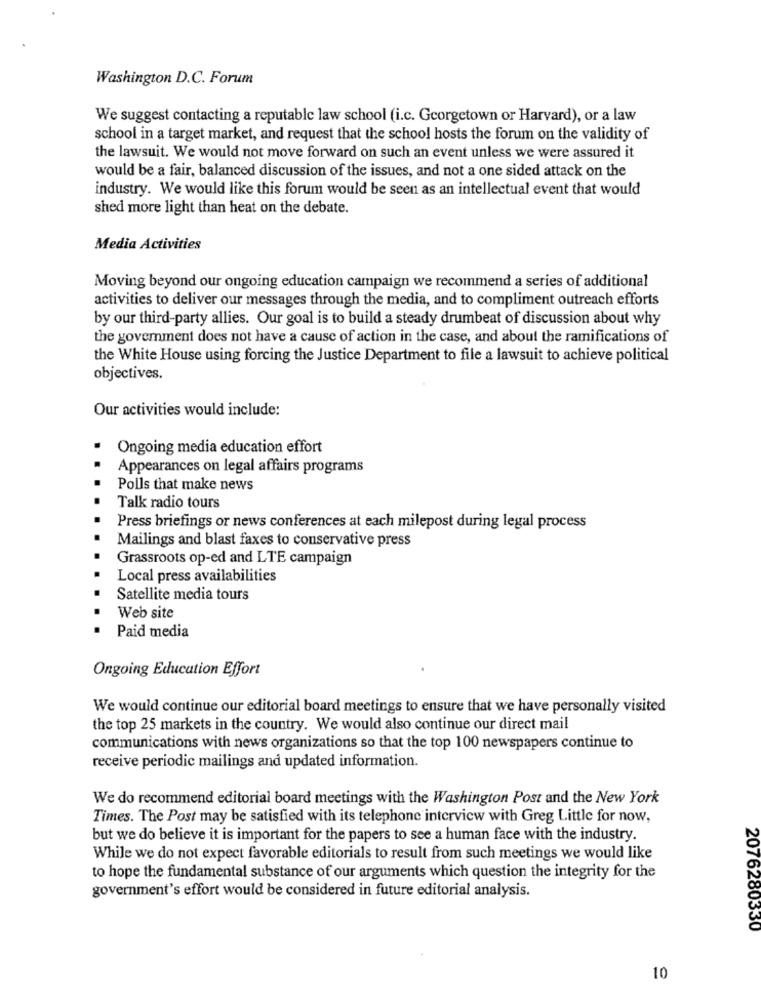
Washington D.C. Forum
We suggest contacting a reputable law school (i.c. Georgetown or Harvard), or a law
school in a target market, and request that the school hosts the forum on the validity of
the lawsuit. We would not move forward on such an event unless we were assured it
would be a fair, balanced discussion of the issues, and not a one sided attack on the
industry. We would like this forum would be seen as an intellectual event that would
shed more light than heat on the debate.
Media Activities
Moving beyond our ongoing education campaign we recommend a series of additional
activities to deliver our messages through the media, and to compliment outreach efforts
by our third-party allies. Our goal is to build a steady drumbeat of discussion about why
the government does not have a cause of action in the case, and about the ramifications of
the White House using forcing the Justice Department to file a lawsuit to achieve political
objectives.
Our activities would include:
Ongoing media education effort
Appearances on legal affairs programs
Polls that make news
Talk radio tours
Press briefings or news conferences at each milepost during legal process
Mailings and blast faxes to conservative press
Grassroots op-ed and LTE campaign
Local press availabilities
Satellite media tours
Web site
Paid media
Ongoing Education Effort
We would continue our editorial board meetings to ensure that we have personally visited
the top 25 markets in the country. We would also continue our direct mail
communications with news organizations so that the top 100 newspapers continue to
receive periodic mailings and updated information.
We do recommend editorial board meetings with the Washington Post and the New York
Times. The Post may be satisfied with its telephone interview with Greg Little for now,
but we do believe it is important for the papers to see a human face with the industry.
While we do not expect favorable editorials to result from such meetings we would like
to hope the fundamental substance of our arguments which question the integrity for the
government's effort would be considered in future editorial analysis.
2076280330
10